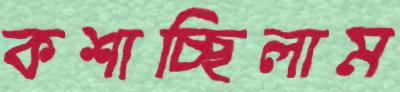
কশাচ্ছিলাম